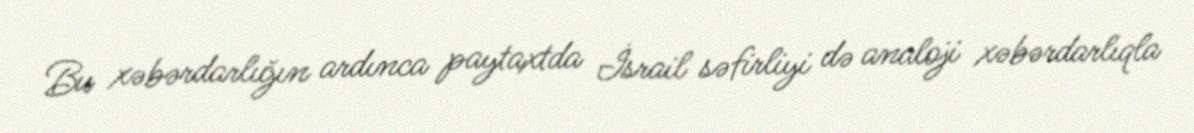
Bu xəbərdarlığın ardınca paytaxtda İsrail səfirliyi də analoji xəbərdarlıqla